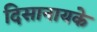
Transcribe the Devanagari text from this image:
दिसानायके